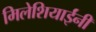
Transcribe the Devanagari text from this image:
मिलेशियाईंनी